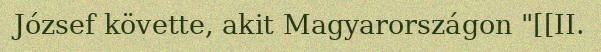
József követte, akit Magyarországon "[[II.